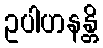
ဥပါဟနန္တိ